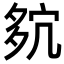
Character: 𡖢